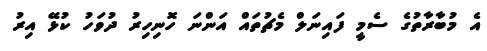
އެ މުބާރާތުގެ ސެމީ ފައިނަލް މެޗުތައް އަންނަ ހޮނިހިރު ދުވަހު ކުޅޭ އިރު